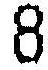
8